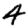
Digit: 4